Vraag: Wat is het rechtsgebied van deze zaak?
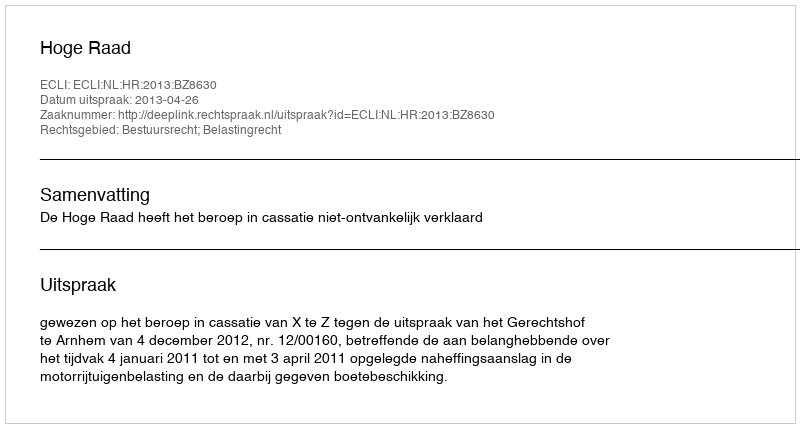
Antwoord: Bestuursrecht; Belastingrecht